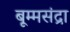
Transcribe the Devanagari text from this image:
बूम्मसंद्रा